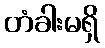
တံခါးမရှိ